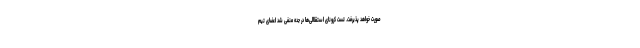
صورت خواهد پذیرفت. تست کرونای استقلالی‌ها در جده منفی شد اعضای تیم